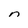
Character: n